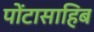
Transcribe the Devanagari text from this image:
पोंटासाहिब